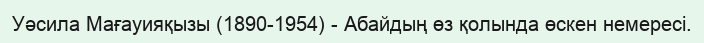
Уәсила Мағауияқызы (1890-1954) - Абайдың өз қолында өскен немересі.